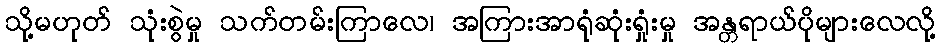
သို့မဟုတ် သုံးစွဲမှု သက်တမ်းကြာလေ၊ အကြားအာရုံဆုံးရှုံးမှု အန္တရာယ်ပိုများလေလို့